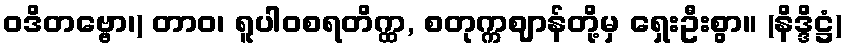
ဝဒိတဗ္ဗော၊) တာဝ၊ ရူပါဝစရတိက္ထ, စတုက္ကဈာန်တို့မှ ရှေးဦးစွာ။ (နိဒ္ဒိဋ္ဌံ)